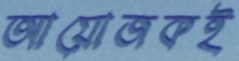
আয়োজকই